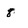
Character: 8